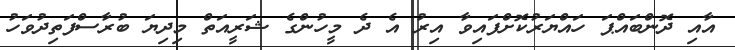
އާއި ދޮންބައްޕަ ހައްޔަރުކޮށްފައިވާ އިރު އެ ދެ މީހުންގެ ޝަރީއަތް މިދިޔަ ބުރާސްފަތިދުވަހު